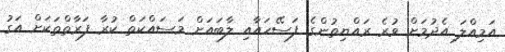
އަމިއްލަ އެދުމަށް ވުރެ ރައްޔިތުންގެ ފަސޭހައާއި ލާބައަށް މަސައްކަތް ކުރާ ފަރާތްތަކަށް އަގު